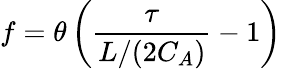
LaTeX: f=\theta\left(\frac{\tau}{L/(2C_{A})}-1\right)